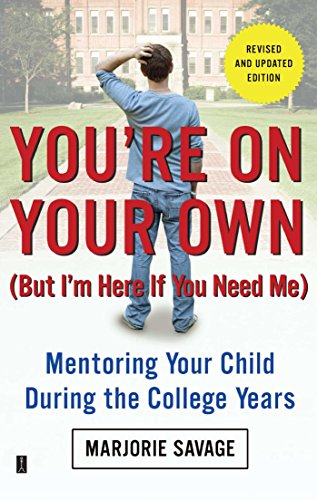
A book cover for You're On Your Own (But I'm Here If You Need Me): Mentoring Your Child During the College Years; Marjorie Savage; Parenting & Relationships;